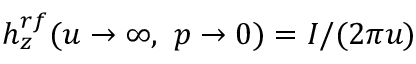
h _ { z } ^ { r f } ( u \rightarrow \infty , ~ p \rightarrow 0 ) = I / ( 2 \pi u )